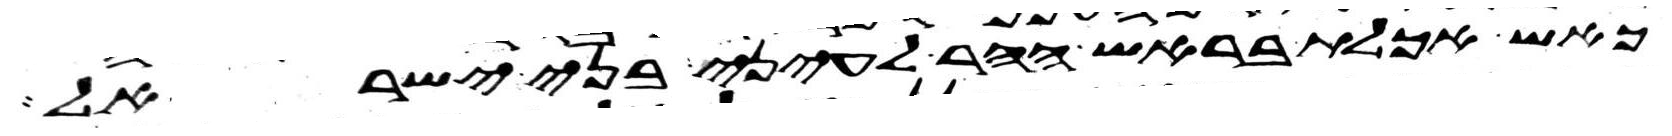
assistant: כאש אכלת בראש ההר לעיני בני ישראל